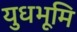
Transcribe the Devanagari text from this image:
युधभूमि